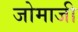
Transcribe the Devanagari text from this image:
जोमाजी